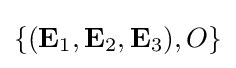
\{(\mathbf {E} _{1},\mathbf {E} _{2},\mathbf {E} _{3}),O\}